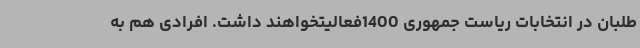
طلبان در انتخابات ریاست جمهوری 1400فعالیتخواهند داشت. افرادی هم به